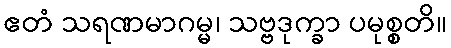
ဧတံ သရဏမာဂမ္မ၊ သဗ္ဗဒုက္ခာ ပမုစ္စတိ။